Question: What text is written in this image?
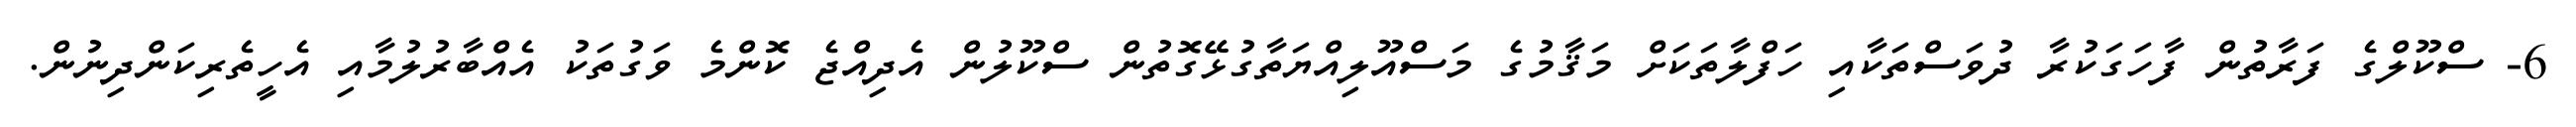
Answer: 6- ސްކޫލްގެ ފަރާތުން ފާހަގަކުރާ ދުވަސްތަކާއި ހަފްލާތަކަށް މަޤާމުގެ މަސްއޫލިއްޔަތާގުޅޭގޮތުން ސްކޫލުން އެދިއްޖެ ކޮންމެ ވަގުތަކު އެއްބާރުލުމާއި އެހީތެރިކަންދިނުން.